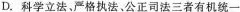
D.科学立法、严格执法。公正司法三者有机统一